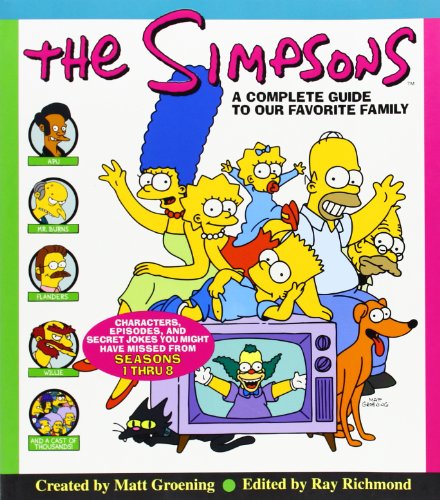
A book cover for The Simpsons: A Complete Guide to Our Favorite Family; Matt Groening; Humor & Entertainment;